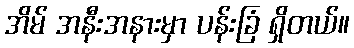
အိမ် အနီးအနားမှာ ပန်းခြံ ရှိတယ်။